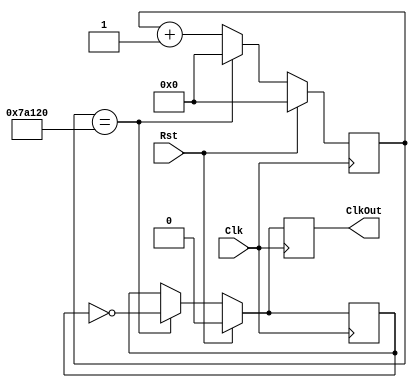
//////////////////////////////////////////////////////////////////////////////////
// Company: University of Arizona
// 
// Design Name: Sources
// Module Name: ClkDiv
// Project Name: Single Cycle Processor
// Target Devices: FPGA Board
// Tool Versions: 
// Description: Clock divider that adjusts timing for implementation.
// 
// Dependencies:
// 
// Revision:
// Revision 0.01 - File Created
// Additional Comments:
// 
//////////////////////////////////////////////////////////////////////////////////

module ClkDiv(Clk, Rst, ClkOut);
   input Clk, Rst;
   output reg ClkOut;
  //to create 1 Hz clock from 100-MHz on the board
  //parameter DivVal = 50000000;  
  //to create 100 Hz clock
  parameter DivVal = 500000;
   reg [25:0] DivCnt;
   reg ClkInt;
	
   always @(posedge Clk) begin
      if( Rst == 1 )begin
         DivCnt <= 0;
         ClkOut <= 0;
         ClkInt <= 0;
      end
      else begin
         if( DivCnt == DivVal ) begin
            	ClkOut <= ~ClkInt;
            	ClkInt <= ~ClkInt;
            	DivCnt <= 0;
         end
         else begin
            	ClkOut <= ClkInt;
            	ClkInt <= ClkInt;
            	DivCnt <= DivCnt + 1;
         end
      end
   end
endmodule